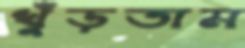
খুঁড়তাম